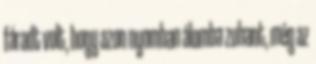
fáradt volt, hogy azon nyomban álomba zuhant, még az